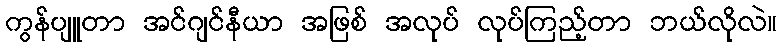
ကွန်ပျူတာ အင်ဂျင်နီယာ အဖြစ် အလုပ် လုပ်ကြည့်တာ ဘယ်လိုလဲ။